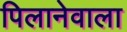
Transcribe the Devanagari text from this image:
पिलानेवाला